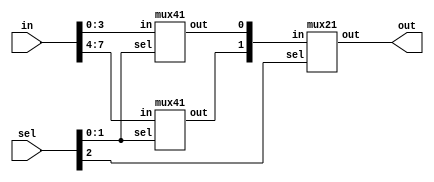
module mux81(in,out,sel);
input [7:0]in;
input [2:0]sel;
output out;
wire [1:0]w;
mux41 aa(in[3:0],w[0],sel[1:0]);
mux41 bb(in[7:4],w[1],sel[1:0]);
mux21 cc(w,out,sel[2]);
endmodule
module mux41(in,out,sel);
input [3:0]in;
input [1:0]sel;
output out;
reg out;
always @(in or sel)
begin
if (sel==2'b00)
out=in[0];
if (sel==2'b01)
out=in[1];
if (sel==2'b10)
out=in[2];
if (sel==2'b11)
out=in[3];
end
endmodule 
module mux21(in,out,sel);
input [1:0]in;
input sel;
output out;
reg out;
always @(in or sel)
begin
if (sel==0)
out = in[0];
if (sel==1)
out = in[1];
end
endmodule